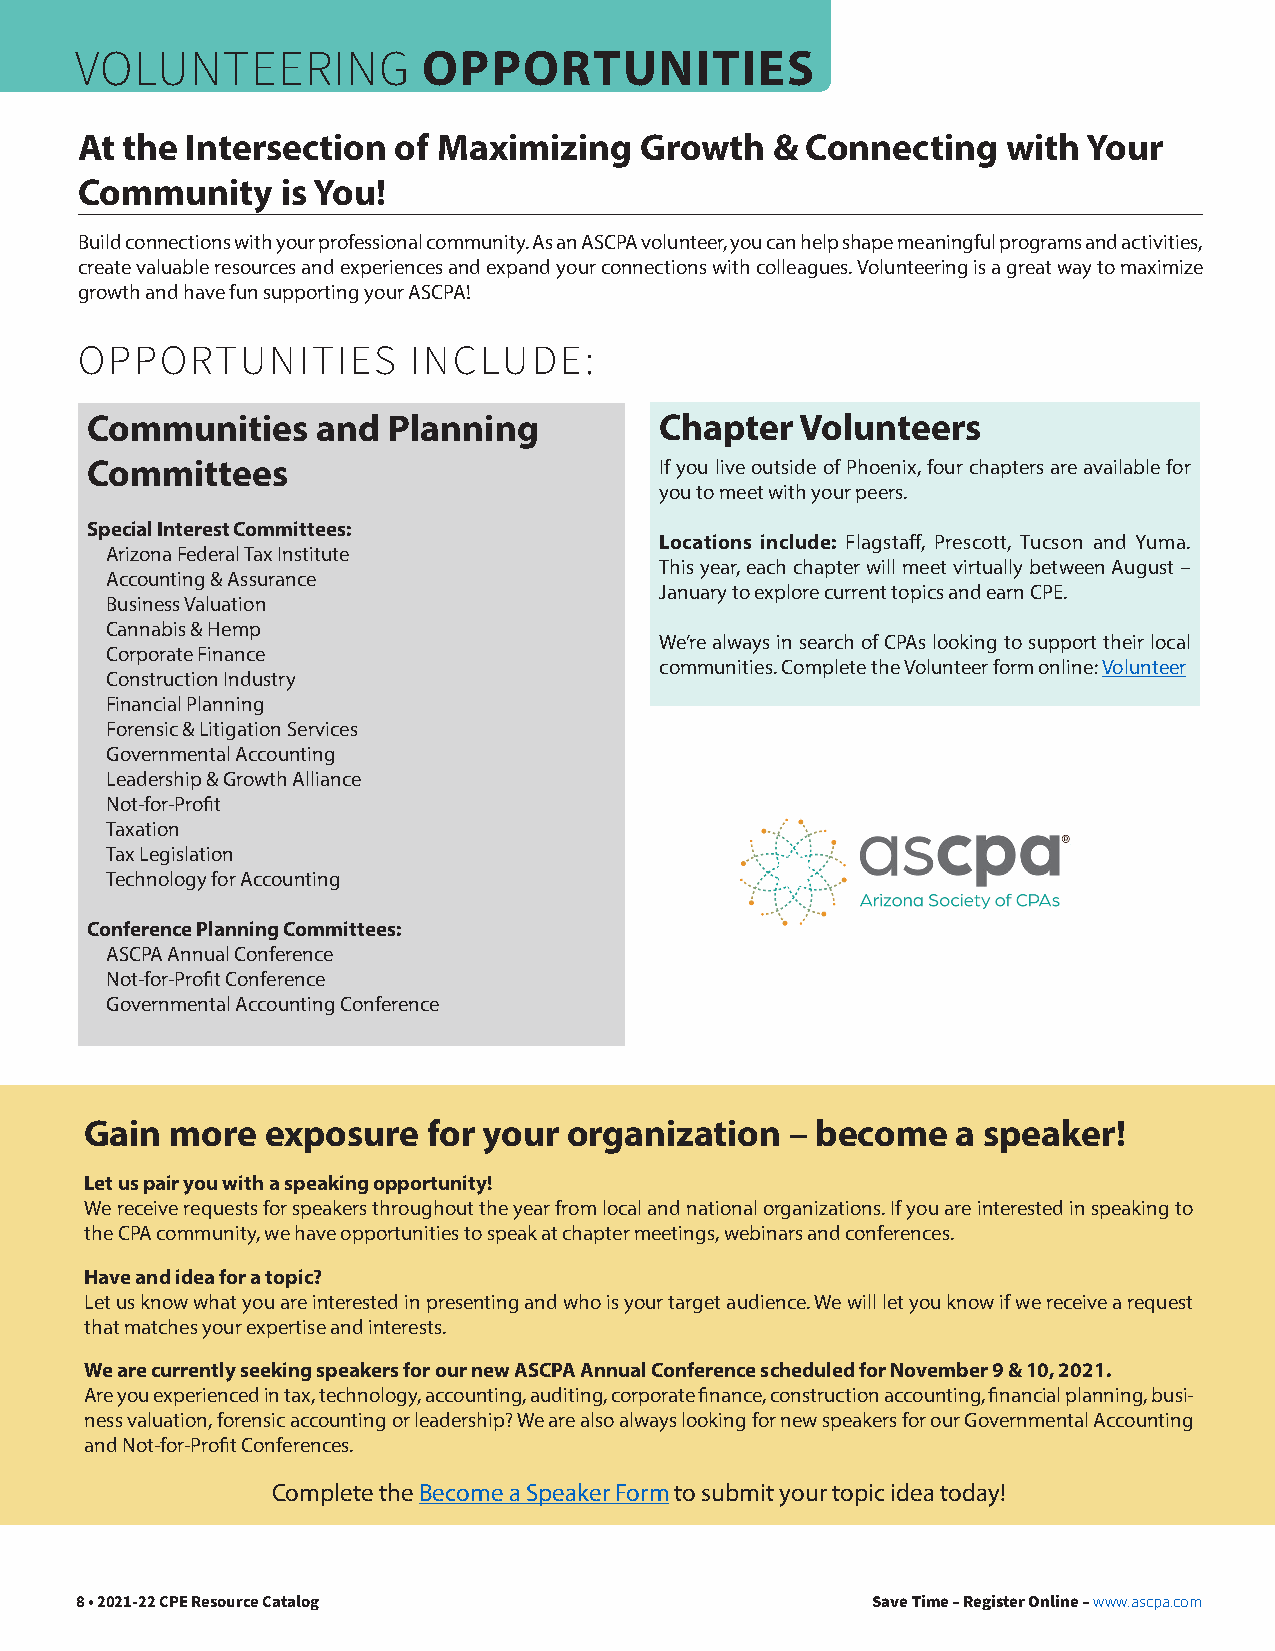
OPPORTUNITIES
 VOLUNTEERING
 At the Intersection  of Maximizing   Growth   & Connecting    with Your
 Community     is You!
 Build connections with your professional community. As an ASCPA volunteer, you can help shape meaningful programs and activities,
 create valuable resources and experiences and expand your connections with colleagues. Volunteering is a great way to maximize
 growth and have fun supporting your ASCPA!
 OPPORTUNITIES         INCLUDE:
 Communities    and  Planning          Chapter  Volunteers
 Committees                            If you live outside of Phoenix, four chapters are available for
 you to meet with your peers.
 Special Interest Committees:
 Locations include: Flagstaff, Prescott, Tucson and Yuma.
 Arizona Federal Tax Institute
 This year, each chapter will meet virtually between August –
 Accounting & Assurance
 January to explore current topics and earn CPE.
 Business Valuation
 Cannabis & Hemp
 We’re always in search of CPAs looking to support their local
 Corporate Finance
 communities. Complete the Volunteer form online: Volunteer
 Construction Industry
 Financial Planning
 Forensic & Litigation Services
 Governmental Accounting
 Leadership & Growth Alliance
 Not-for-Profit
 Taxation
 Tax Legislation
 Technology for Accounting
 Conference Planning Committees:
 ASCPA Annual Conference
 Not-for-Profit Conference
 Governmental Accounting Conference
 Gain more   exposure  for your  organization  – become   a speaker!
 Let us pair you with a speaking opportunity!
 We receive requests for speakers throughout the year from local and national organizations. If you are interested in speaking to
 the CPA community, we have opportunities to speak at chapter meetings, webinars and conferences.
 Have and idea for a topic?
 Let us know what you are interested in presenting and who is your target audience. We will let you know if we receive a request
 that matches your expertise and interests.
 We are currently seeking speakers for our new ASCPA Annual Conference scheduled for November 9 & 10, 2021.
 Are you experienced in tax, technology, accounting, auditing, corporate finance, construction accounting, financial planning, busi-
 ness valuation, forensic accounting or leadership? We are also always looking for new speakers for our Governmental Accounting
 and Not-for-Profit Conferences.
 Complete the Become a Speaker Form to submit your topic idea today!
 8 • 2021-22 CPE Resource Catalog                     Save Time – Register Online – www.ascpa.com